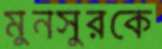
মুনসুরকে